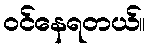
ဝင်နေရတယ်။